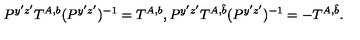
P ^ { y ^ { \prime } z ^ { \prime } } T ^ { A , b } ( P ^ { y ^ { \prime } z ^ { \prime } } ) ^ { - 1 } = T ^ { A , b } , P ^ { y ^ { \prime } z ^ { \prime } } T ^ { A , \hat { b } } ( P ^ { y ^ { \prime } z ^ { \prime } } ) ^ { - 1 } = - T ^ { A , \hat { b } } . \,